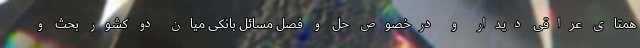
همتای عراقی دیدار و درخصوص حل و فصل مسائل بانکی میان دو کشور بحث و